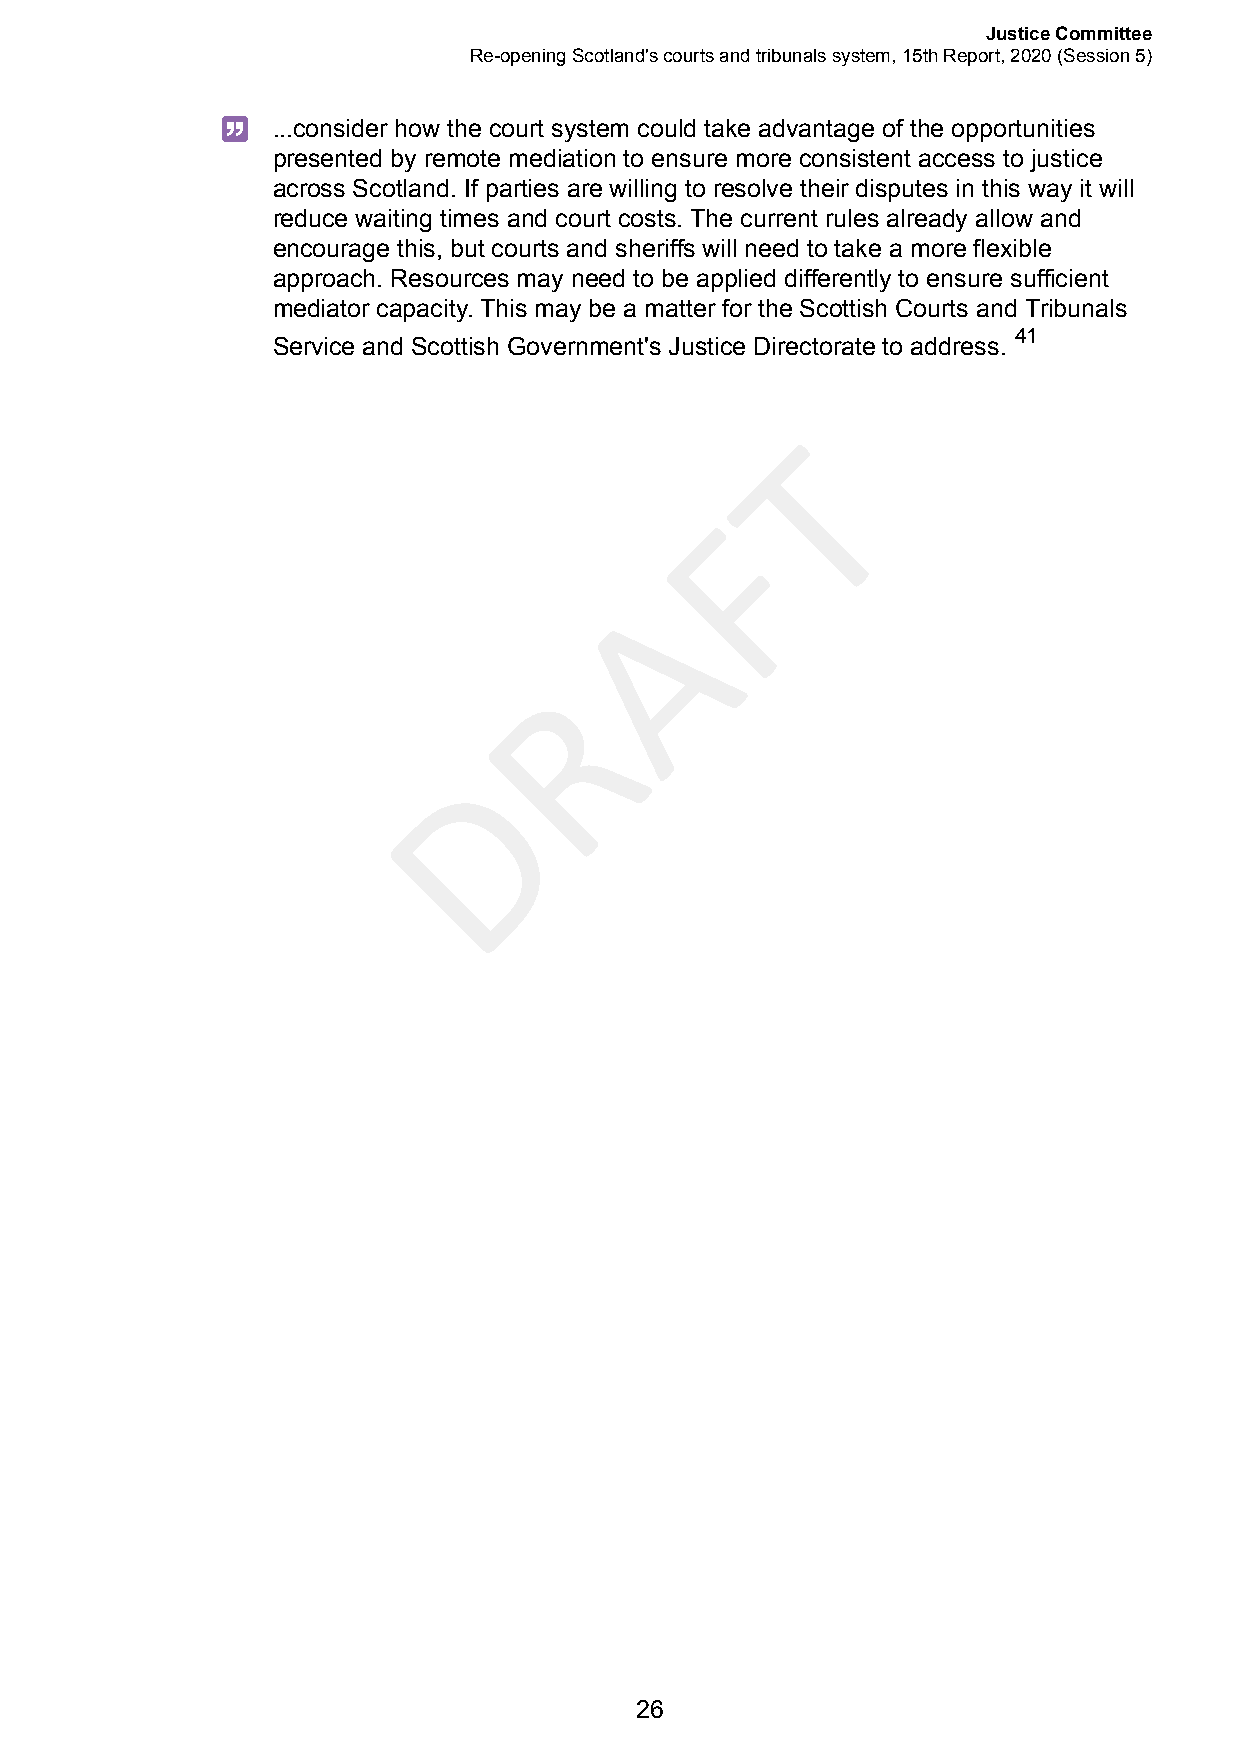
Justice Committee
 Re-opening Scotland's courts and tribunals system, 15th Report, 2020 (Session 5)
 ...consider how the court system could take advantage of the opportunities
 presented by remote mediation to ensure more consistent access to justice
 across Scotland. If parties are willing to resolve their disputes in this way it will
 reduce waiting times and court costs. The current rules already allow and
 encourage this, but courts and sheriffs will need to take a more flexible
 approach. Resources may need to be applied differently to ensure sufficient
 mediator capacity. This may be a matter for the Scottish Courts and Tribunals
 41
 Service and Scottish Government's Justice Directorate to address.
 T
 F
 A
 R
 D
 26